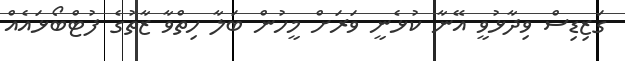
ގަޒިޑިސް ވިދާޅުވީ އޭނާ ކުޅެނީ ވަރަށް މީހުން ބަލާ ހިތްވާ ޒާތުގެ ފުޓްބޯޅައެއް